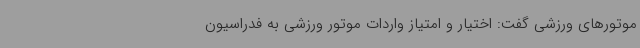
موتورهای ورزشی گفت: اختیار و امتیاز واردات موتور ورزشی به فدراسیون